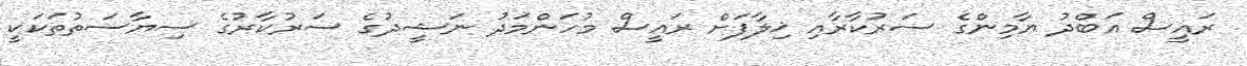
ރައީސް އަބްދު ޔާމިންގެ ސަރުކާރާއި ޚިލާފަށް ރައީސް މުހަންމަދު ނަޝީދުގެ ސަރުކާރުގެ ސިޔާސަތުތަކަކީ